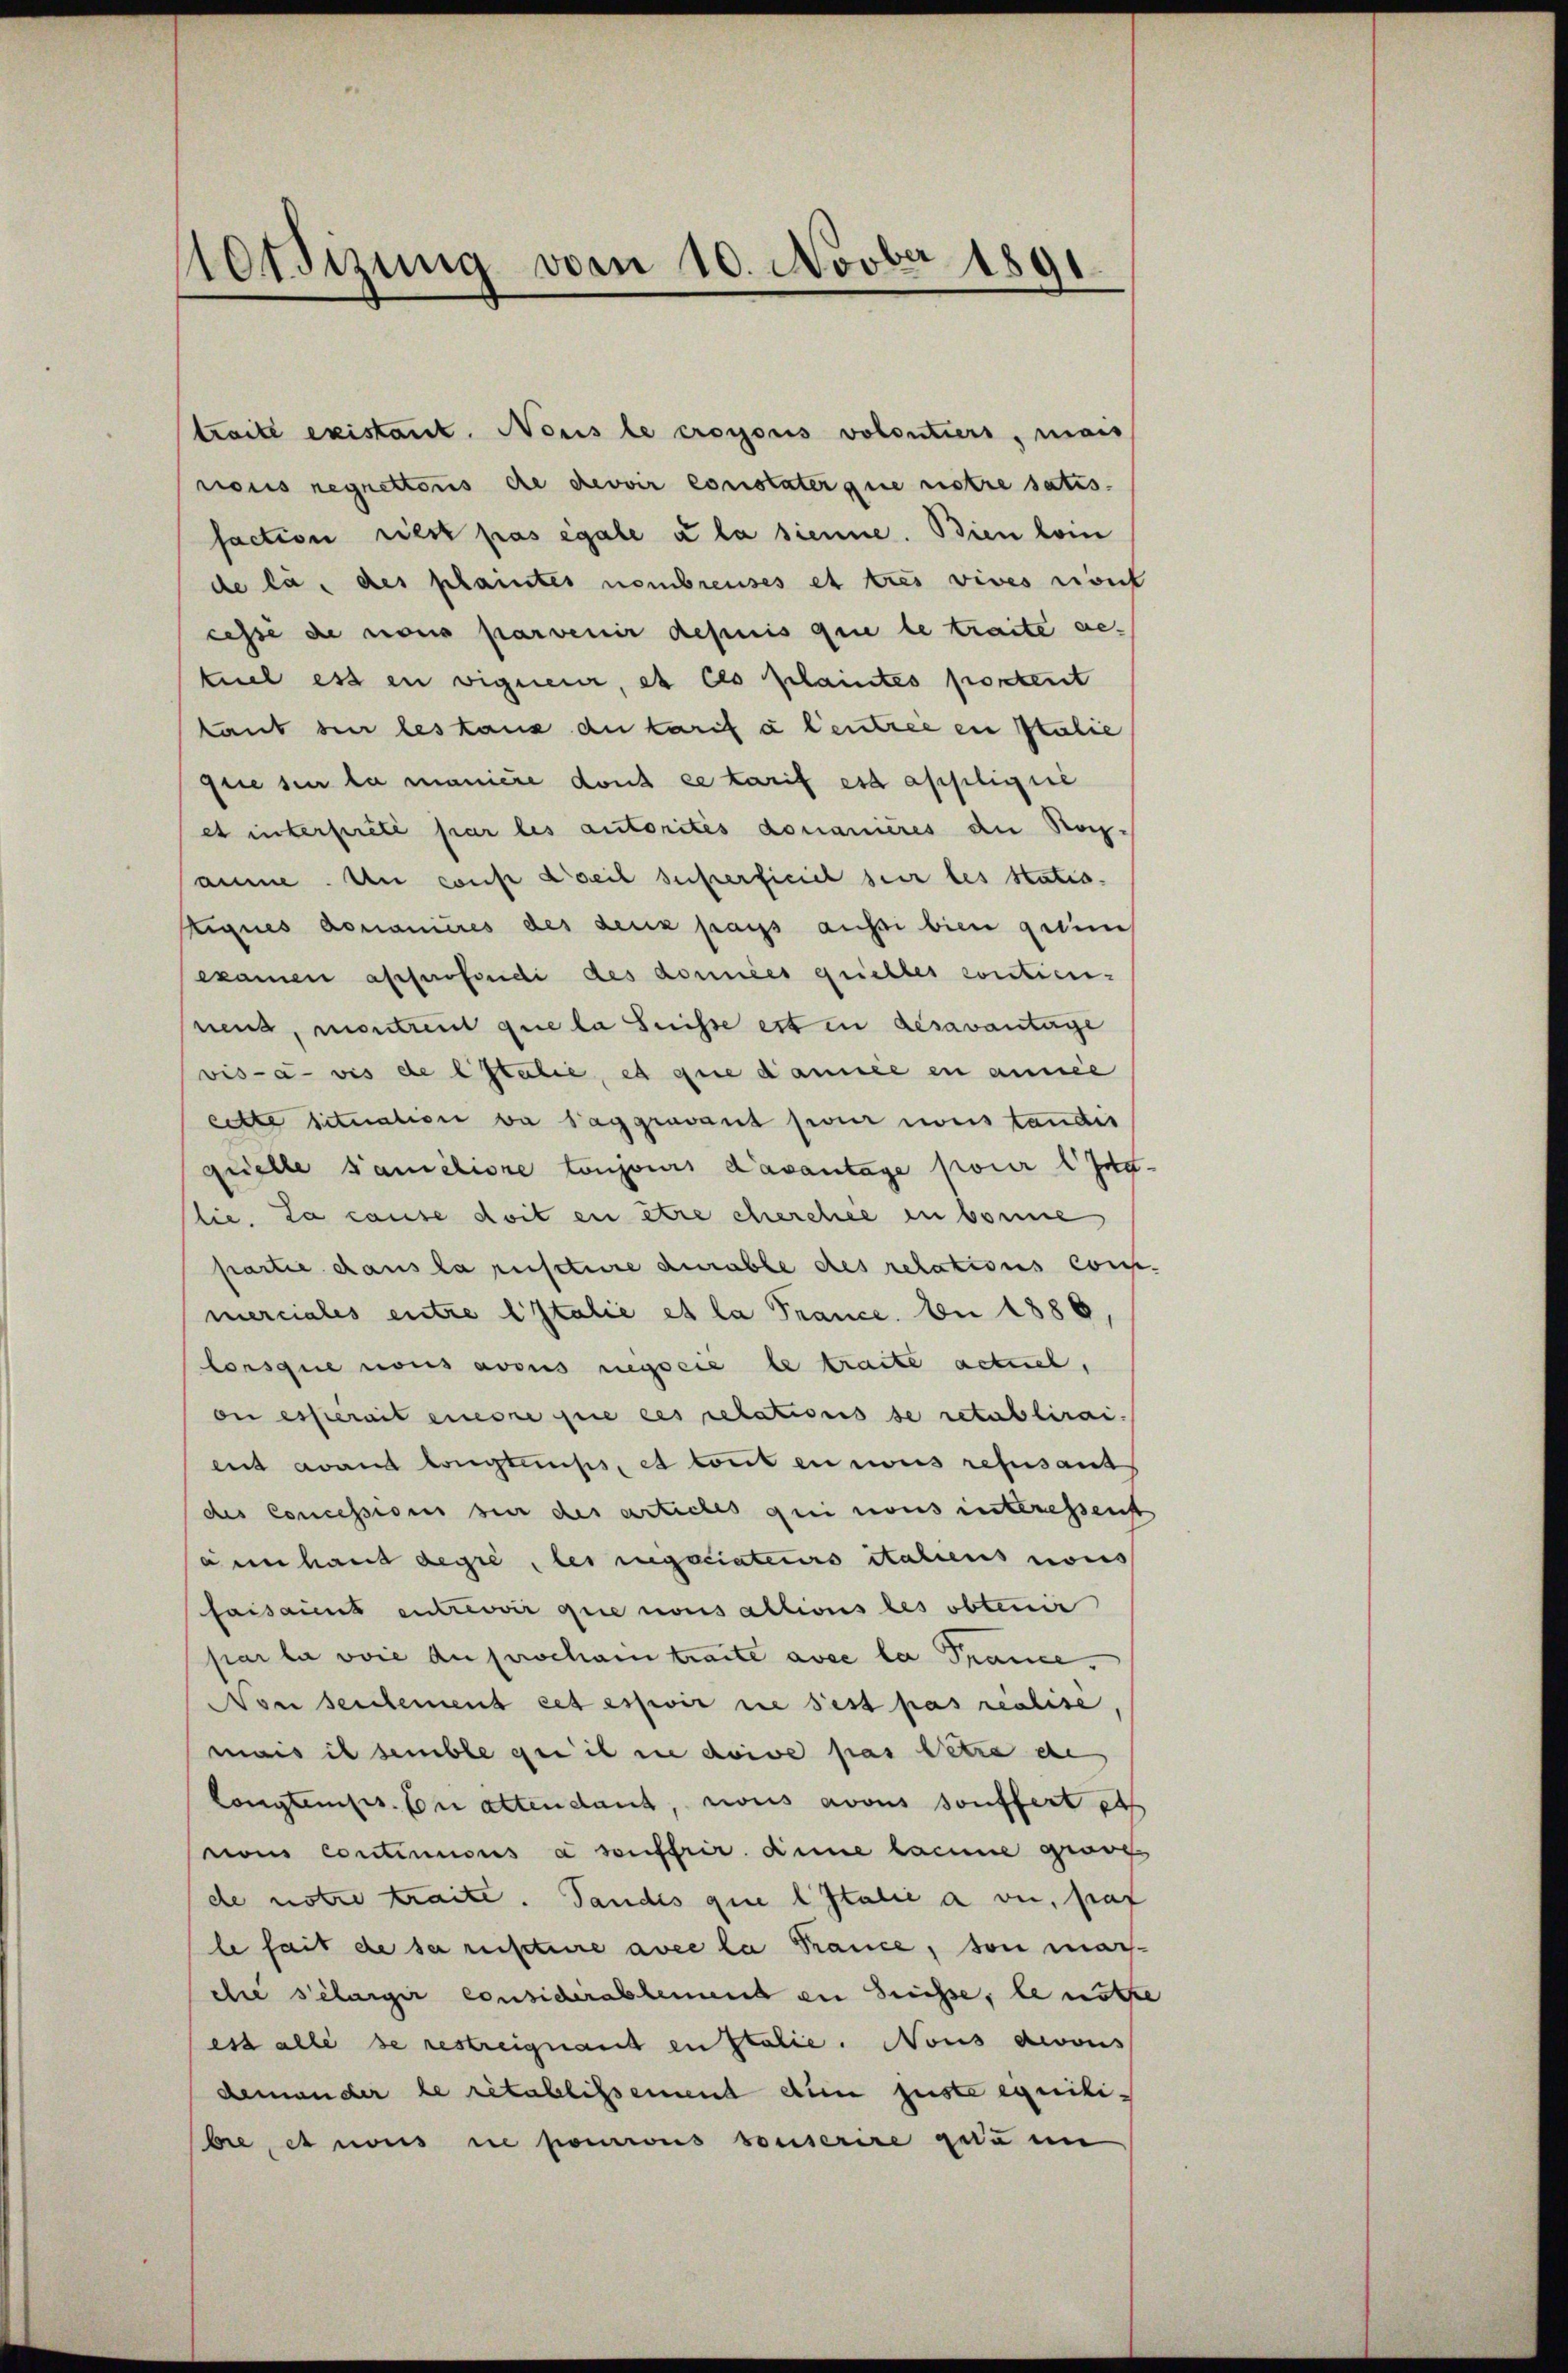
Motsizung vom 10. Novber 1891.

traite existant. Nous le crogonis volontiers, mais
nous regnettonis die devoir constater que notre satis.
faction riest pas égale u la sienne. Bien lein
de la des plaintes nombreuses et tres vives rivil
cessé de nous parvenir depuis que le traite getuel ess in vigneur, et ces plaintes postent
tant sei les taus du karif à l’entree in stulie
Elie sie la manière dont ce tarif es applicire
et interpreté par les autorités donanières die Nach-
aune. Un const Weil superficiel ser les statio
Eiques domanières des deux pass aussi bien gelins
examen apperfondi des données prielles contien-
nend, montreut que la Suisse est in desavantage
vis-à-vis de l Italie, et que d’année en ansie
cette situation va Saggravant pour weiständis
quelle Familiore toujours d’avantage pour led
lie. La cause doit en être cherchie in bonne
partie dans la restere durable des relations cons
merciales entre italie et la Trance. bei 1886
lorsque nous avous negocie le traute actuel,
on esserait einore que ces relations se retablirai.
ent avant langtemps, et tout en nous ressant
des Concessions hier des articles qui nons interessenst
annhaus degré, les regociateurs italiens nous
faisant entrevoir que nous allionis des obtenir
par la voie du prochain traite avec la Prance.
Non seulement cet essir die sest pas realisé
mais il semble qui il in doive pas Petra de
longtemps. Con altendant, nous avous souffert et
von continuous a souffrir. Sinne lacune gross
de notre traite. Tandis que l Italie a vie, Graf
le fait de sa restere avec la France, von mar-
dlie selanger considérablement zu heisse, le nöth
ess alle se restreignant en Italie. Nons devous
demander le rétablissement dum juste einitibie, et nos ne pourronis vonserire gedan

“